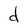
Character: d